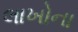
લાખોના